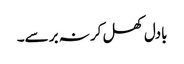
بادل کھل کر نہ برسے۔